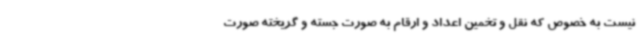
نیست به خصوص که نقل و تخمین اعداد و ارقام به صورت جسته و گریخته صورت